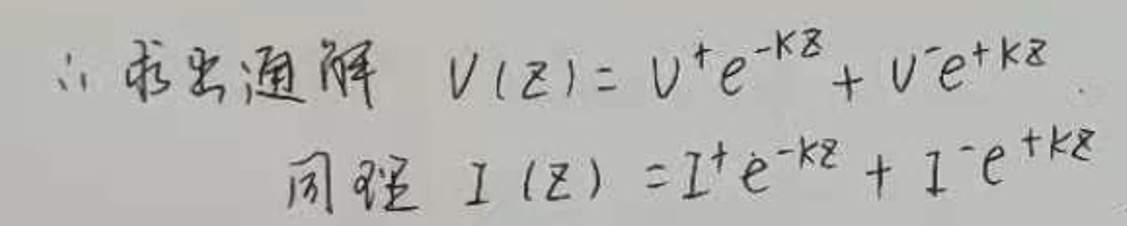
\(&\therefore \)求出通解\( V(z)=V^{+}e^{-kz}+V^{-}e^{+kz}\)\\
&同理\( I(z)=I^{+}e^{-kz}+I^{-}e^{+kz}\)